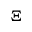
\Xi